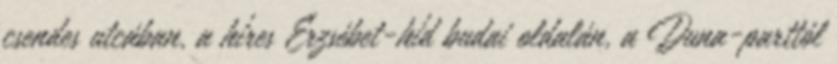
csendes utcában, a híres Erzsébet-híd budai oldalán, a Duna-parttól